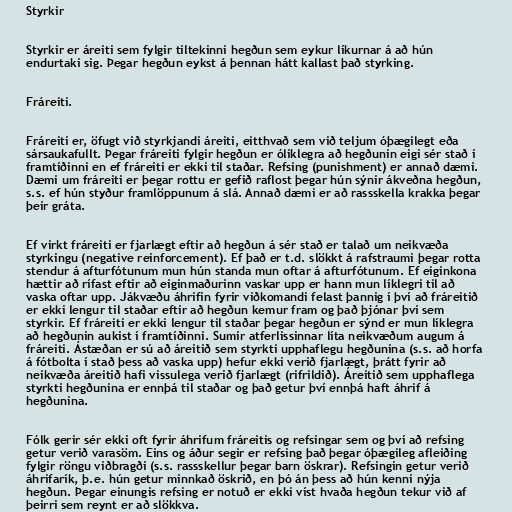
Styrkir

Styrkir er áreiti sem fylgir tiltekinni hegðun sem eykur líkurnar á að hún
endurtaki sig. Þegar hegðun eykst á þennan hátt kallast það styrking.

Fráreiti.

Fráreiti er, öfugt við styrkjandi áreiti, eitthvað sem við teljum óþægilegt eða
sársaukafullt. Þegar fráreiti fylgir hegðun er ólíklegra að hegðunin eigi sér stað í
framtíðinni en ef fráreiti er ekki til staðar. Refsing (punishment) er annað dæmi.
Dæmi um fráreiti er þegar rottu er gefið raflost þegar hún sýnir ákveðna hegðun,
s.s. ef hún styður framlöppunum á slá. Annað dæmi er að rassskella krakka þegar
þeir gráta.

Ef virkt fráreiti er fjarlægt eftir að hegðun á sér stað er talað um neikvæða
styrkingu (negative reinforcement). Ef það er t.d. slökkt á rafstraumi þegar rotta
stendur á afturfótunum mun hún standa mun oftar á afturfótunum. Ef eiginkona
hættir að rífast eftir að eiginmaðurinn vaskar upp er hann mun líklegri til að
vaska oftar upp. Jákvæðu áhrifin fyrir viðkomandi felast þannig í því að fráreitið
er ekki lengur til staðar eftir að hegðun kemur fram og það þjónar því sem
styrkir. Ef fráreiti er ekki lengur til staðar þegar hegðun er sýnd er mun líklegra
að hegðunin aukist í framtíðinni. Sumir atferlissinnar líta neikvæðum augum á
fráreiti. Ástæðan er sú að áreitið sem styrkti upphaflegu hegðunina (s.s. að horfa
á fótbolta í stað þess að vaska upp) hefur ekki verið fjarlægt, þrátt fyrir að
neikvæða áreitið hafi vissulega verið fjarlægt (rifrildið). Áreitið sem upphaflega
styrkti hegðunina er ennþá til staðar og það getur því ennþá haft áhrif á
hegðunina.

Fólk gerir sér ekki oft fyrir áhrifum fráreitis og refsingar sem og því að refsing
getur verið varasöm. Eins og áður segir er refsing það þegar óþægileg afleiðing
fylgir röngu viðbragði (s.s. rassskellur þegar barn öskrar). Refsingin getur verið
áhrifarík, þ.e. hún getur minnkað öskrið, en þó án þess að hún kenni nýja
hegðun. Þegar einungis refsing er notuð er ekki víst hvaða hegðun tekur við af
þeirri sem reynt er að slökkva.